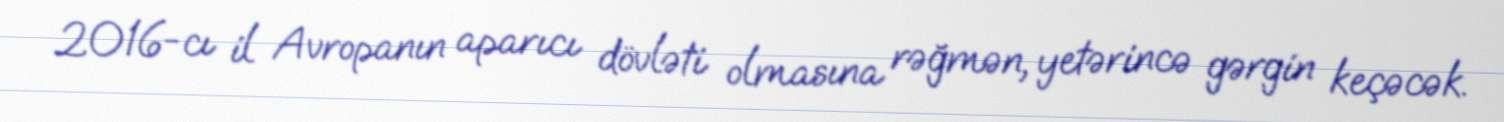
2016-cı il Avropanın aparıcı dövləti olmasına rəğmən, yetərincə gərgin keçəcək.